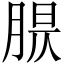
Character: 𦝈